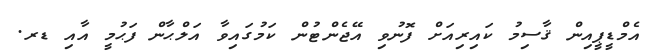
އެމްޑީޕީއިން ޤާސިމު ކައިރިއަށް ފޮނުވި އޭޖެންޓުން ކަމުގައިވާ އަލްޙާން ފަޙުމީ އާއި ޑރ.